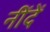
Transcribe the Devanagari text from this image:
नींदें